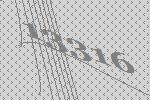
13316